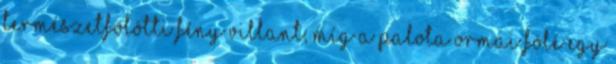
természetfölötti fény villant; míg a palota ormai fölé egy